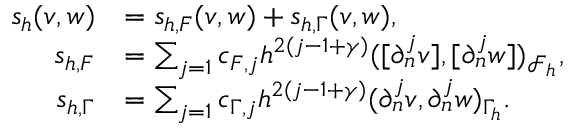
\begin{array} { r l } { s _ { h } ( v , w ) } & { = s _ { h , F } ( v , w ) + s _ { h , \Gamma } ( v , w ) , } \\ { s _ { h , F } } & { = \sum _ { j = 1 } c _ { F , j } h ^ { 2 ( j - 1 + \gamma ) } ( [ \partial _ { n } ^ { j } v ] , [ \partial _ { n } ^ { j } w ] ) _ { \mathcal { F } _ { h } } , } \\ { s _ { h , \Gamma } } & { = \sum _ { j = 1 } c _ { \Gamma , j } h ^ { 2 ( j - 1 + \gamma ) } ( \partial _ { n } ^ { j } v , \partial _ { n } ^ { j } w ) _ { \Gamma _ { h } } . } \end{array}